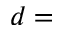
d =